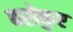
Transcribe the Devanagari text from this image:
बरोकुए